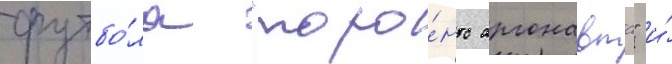
футбо́ла "торо́нто аргонавтс" и́